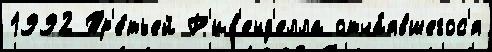
1992 Тр'е́тьей Р'ив'енд'елла отча́явшегос'я